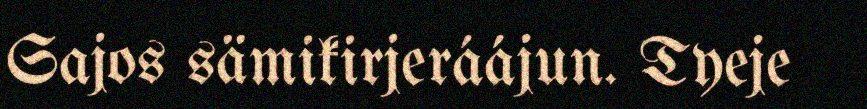
Sajos sämikirjeráájun. Tyeje